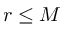
r \le M